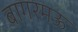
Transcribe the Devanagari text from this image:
बागरमऊ